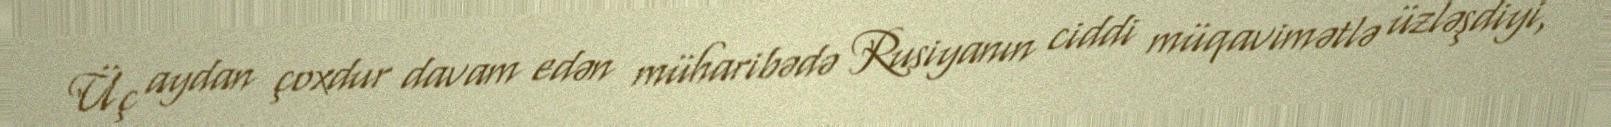
Üç aydan çoxdur davam edən müharibədə Rusiyanın ciddi müqavimətlə üzləşdiyi,